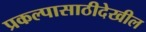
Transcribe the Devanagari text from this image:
प्रकल्पासाठीदेखील